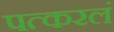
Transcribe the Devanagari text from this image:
पत्करलं